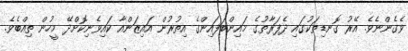
ވެގެންނެވެ. އޭރު ގޮނޑިތަކުގައި ދެފަރާތުގެ މައިންބަފައިންގެ އިތުރުން އައިޒަންއާ ކައިވެނިކޮށްދޭ މީހުން ތިއްބެވެ.